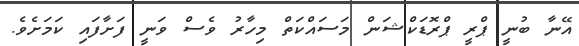
އޭނާ ބުނީ ޕްރީ ޕްރޮޑަކްޝަން މަސައްކަތް މިހާރު ވެސް ވަނީ ފަށާފައި ކަމަށެވެ.